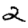
Digit: 2